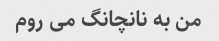
من به نانچانگ می روم